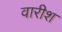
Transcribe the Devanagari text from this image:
वारीश